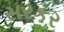
સરકર